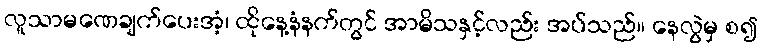
လူသာမဏေချက်ပေးအံ့၊ ထိုနေ့နံနက်တွင် အာမိသနှင့်လည်း အပ်သည်။ နေလွဲမှ စ၍